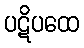
ပဋိပထေ